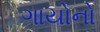
ગાયોનો